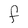
Character: F